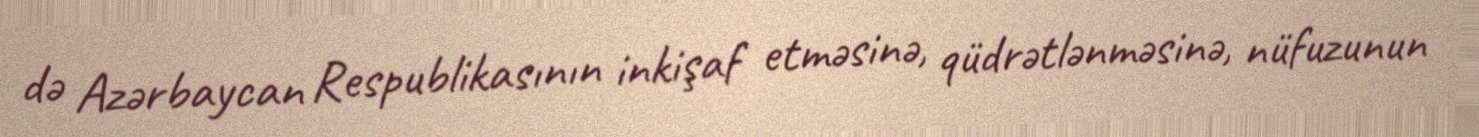
də Azərbaycan Respublikasının inkişaf etməsinə, qüdrətlənməsinə, nüfuzunun